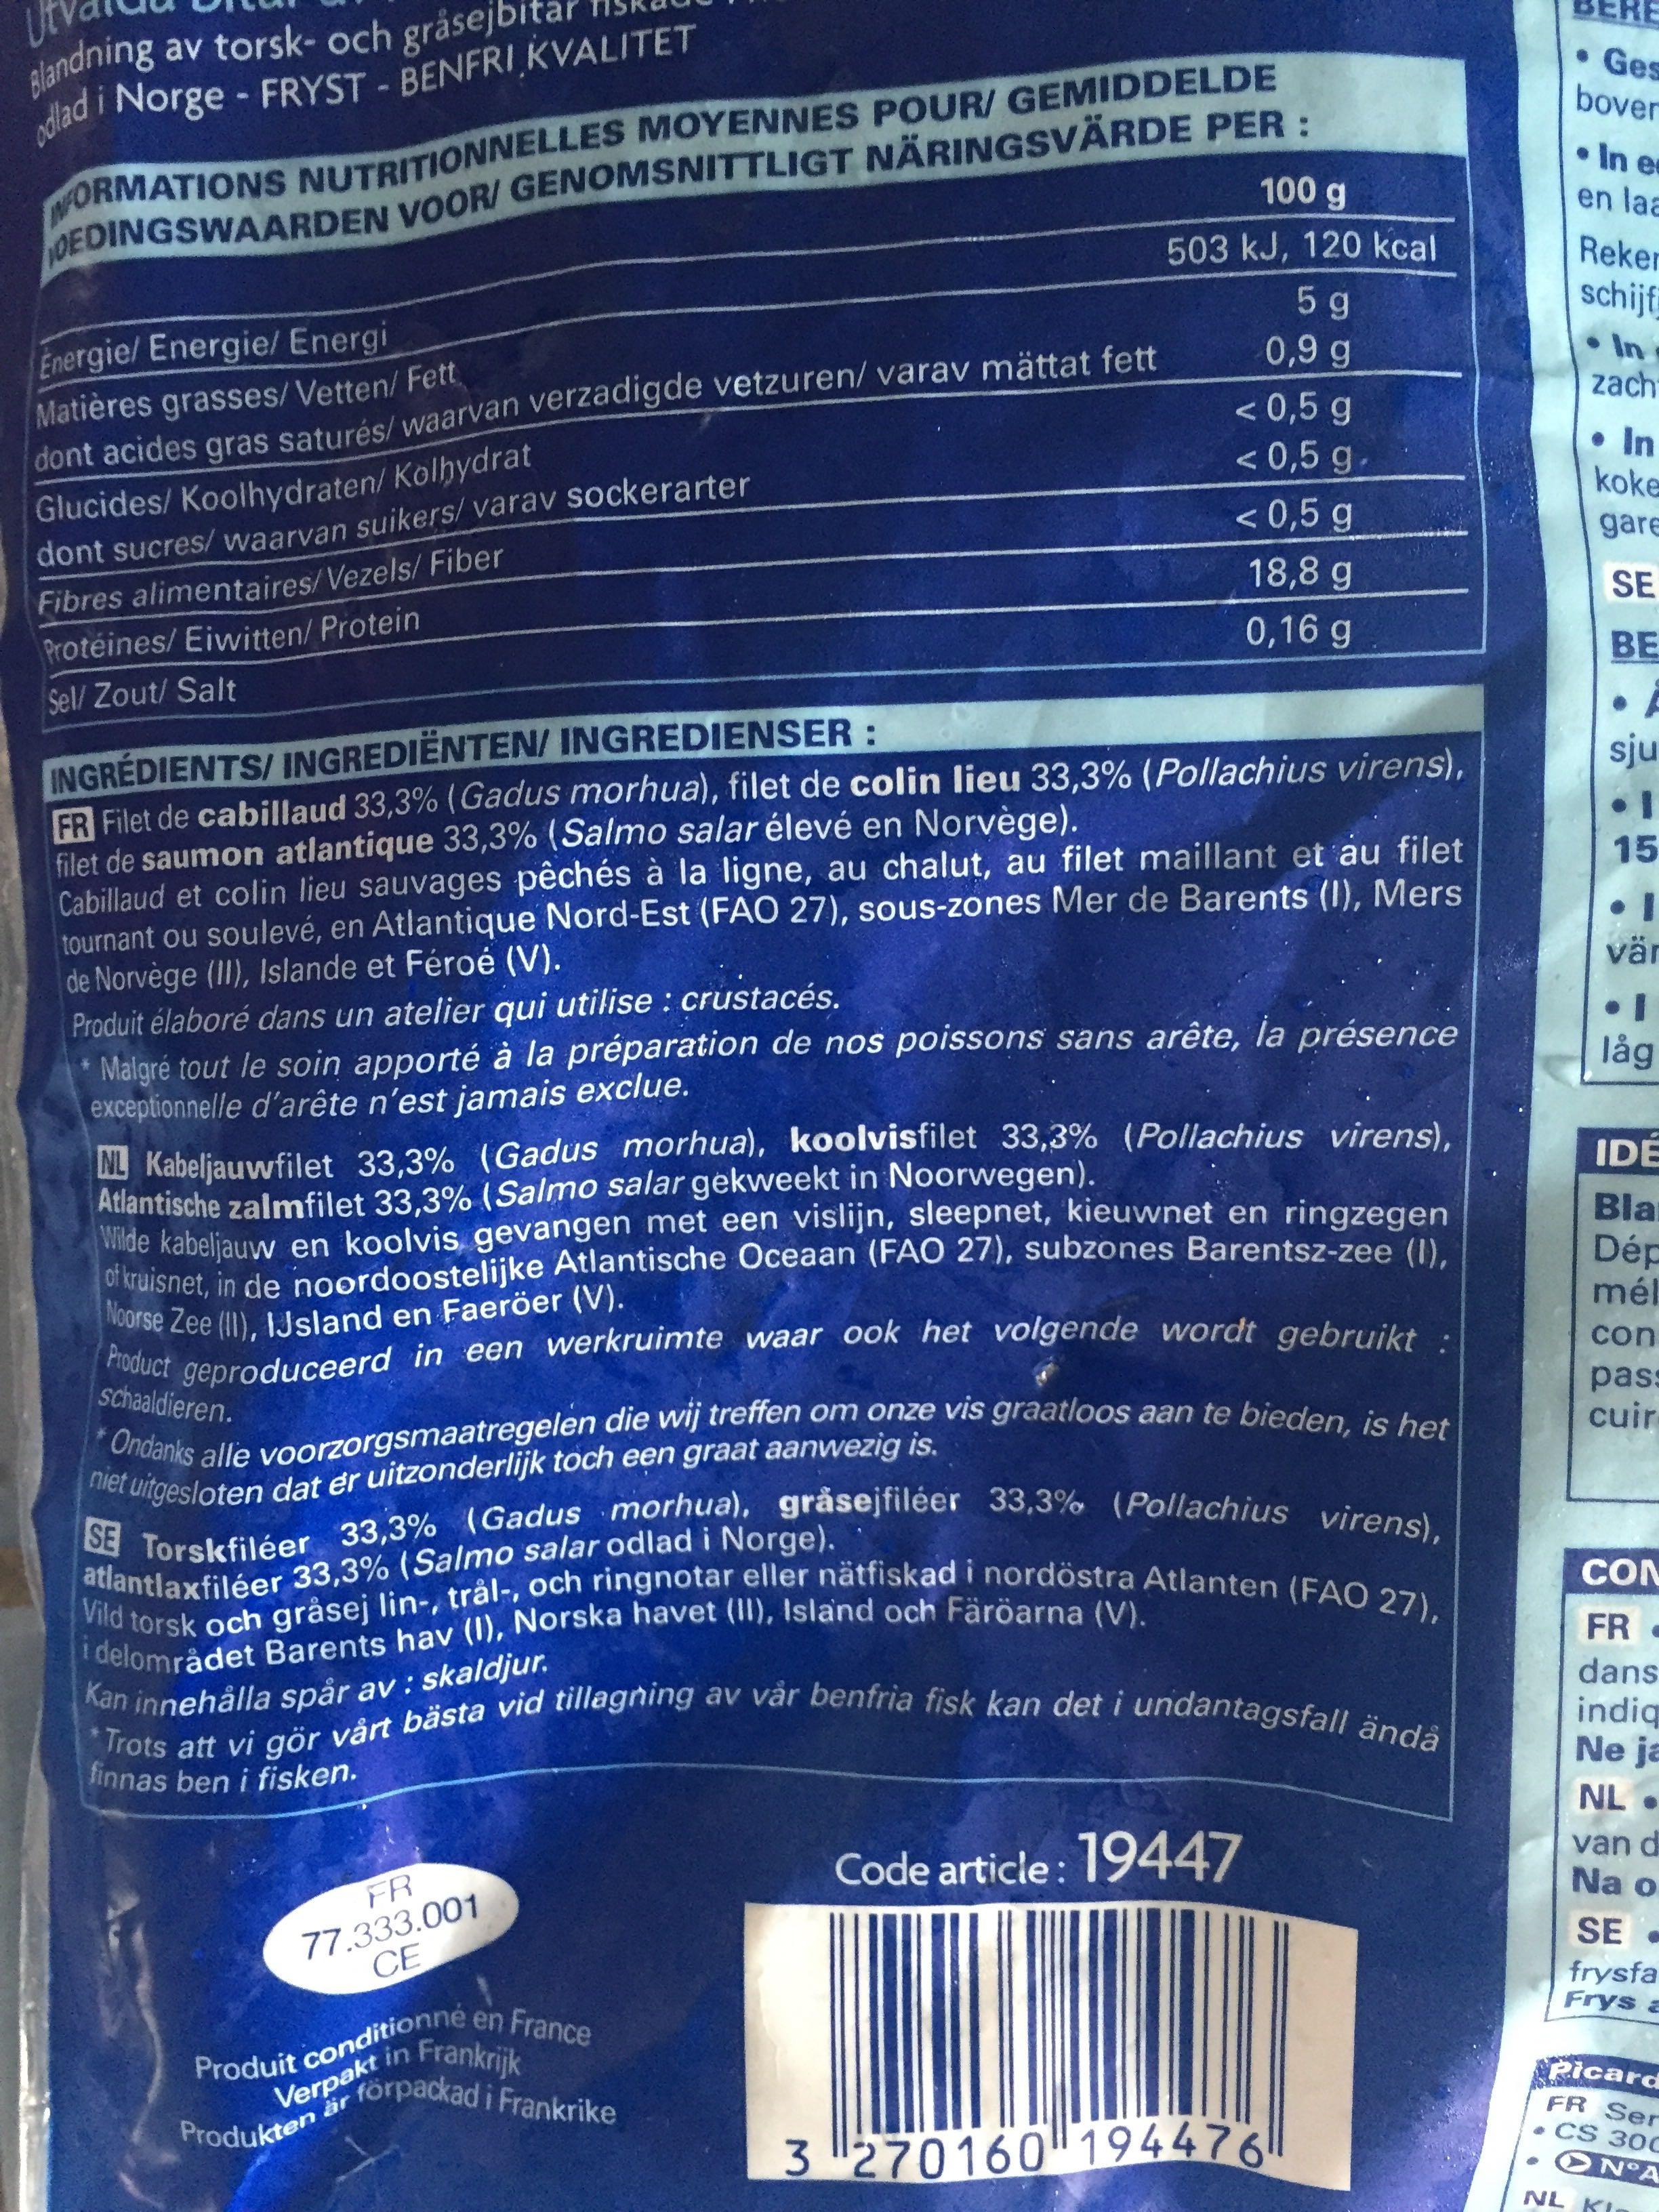
Blandning
av torsk- och gråsejb odlad i Norge - FRYST - BENFRI KVALITET
NFORMATIONS NUTRITIONNELLES MOYENNES POUR/ GEMIDDELDE OEDINGSWAARDEN VOOR/ GENOMSNITTLIGT NÄRINGSVÄRDE PER:
Energie/ Energie/ Energi
Matières grasses/Vetten/ Fett
dont acides gras saturés/ waarvan verzadigde vetzuren/ varav mättat fett
Glucides/ Koolhydraten/ Kolhydrat
dont sucres/ waarvan suikers/ varav sockerarter
Fibres alimentaires/Vezels/ Fiber
Protéines/ Eiwitten/ Protein
Sel/ Zout/ Salt
100 g
503 kJ, 120 kcal
INGRÉDIENTS/INGREDIËNTEN/ INGREDIENSER:
FR Filet de cabillaud 33,3% (Gadus morhua), filet de colin lieu 33,3% (Pollachius virens), filet de saumon atlantique 33,3% (Salmo salar élevé en Norvège).
Cabillaud et colin lieu sauvages pêchés à la ligne, au chalut, au filet maillant et au filet tournant ou soulevé, en Atlantique Nord-Est (FAO 27), sous-zones Mer de Barents (1), Mers de Norvège (II), Islande et Féroé (V).
Produit élaboré dans un atelier qui utilise : crustacés.
Malgré tout le soin apporté à la préparation de nos poissons sans arête, la présence exceptionnelle d'arête n'est jamais exclue.
NL Kabeljauwfilet 33,3% (Gadus morhua), koolvisfilet 33,3% (Pollachius virens), Atlantische zalmfilet 33,3% (Salmo salar gekweekt in Noorwegen).
Wilde kabeljauw en koolvis gevangen met een vislijn, sleepnet, kieuwnet en ringzegen of kruisnet, in de noordoostelijke Atlantische Oceaan (FAO 27), subzones Barentsz-zee (1), Noorse Zee (II), IJsland en Faeröer (V).
Product geproduceerd in een werkruimte waar ook het volgende wordt gebruikt :
schaaldieren.
*Ondanks alle voorzorgsmaatregelen die wij treffen om onze vis graatloos aan te bieden, is het niet uitgesloten dat er uitzonderlijk toch een graat aanwezig is.
FR
77.333.001 CE
< 0,5 g
< 0,5 g.
< 0,5 g
18,8 g
0,16 g
SE Torskfiléer 33,3% (Gadus morhua), gråsejfiléer 33,3% (Pollachius virens),
atlantlaxfiléer 33,3% (Salmo salar odlad i Norge).
Vild torsk och gråsej lin-, trål-, och ringnotar eller nätfiskad i nordöstra Atlanten (FAO 27), i delområdet Barents hav (I), Norska havet (II), Island och Färöarna (V).
Kan innehålla spår av: skaldjur.
Produit conditionné en France
Frankrijk
förpackad i Frankrike
5g
0,9 g
*Trots att vi gör vårt bästa vid tillagning av vår benfria fisk kan det i undantagsfall ändå
finnas ben i fisken.
Verpakt
Produkten är f
Code article: 19447
3 270160 194476
RE Ges bover
In e
en laa
Reken
schijf
In
zach
• In
koke
gare
SE
BE
sju
•1
I
15
vär
låg
IDE
Bla
Dép
mél
con
pass
cuir
CON
FR
dans
indiq
Ne ja
NL. van d
Na o
€
SE
frysfa Frys a
Picard FR Ser CS 30C ON A
NL KI